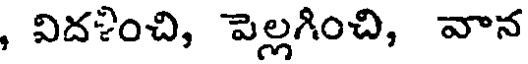
, విదళించి, పెల్లగించి, వాన